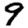
Digit: 9